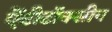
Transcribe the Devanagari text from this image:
ऐंटीटॉक्सीन